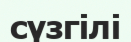
сүзгілі